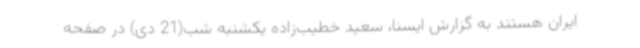
ایران هستند به گزارش ایسنا، سعید خطیب‌زاده یکشنبه شب(21 دی) در صفحه